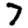
Digit: 7